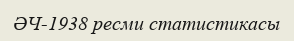
ӘЧ-1938 ресми статистикасы